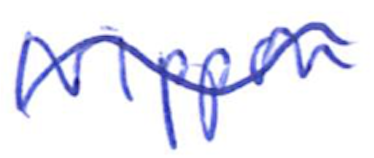
Text: Nippon
Cross-out: wave
Writing tool: ballpoint